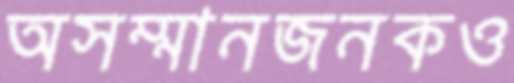
অসম্মানজনকও